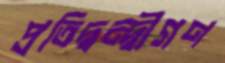
প্রতিদ্বন্দ্বীগণ